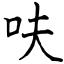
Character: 呋